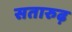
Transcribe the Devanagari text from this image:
सतारुढ़